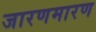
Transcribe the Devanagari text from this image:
जारणमारण